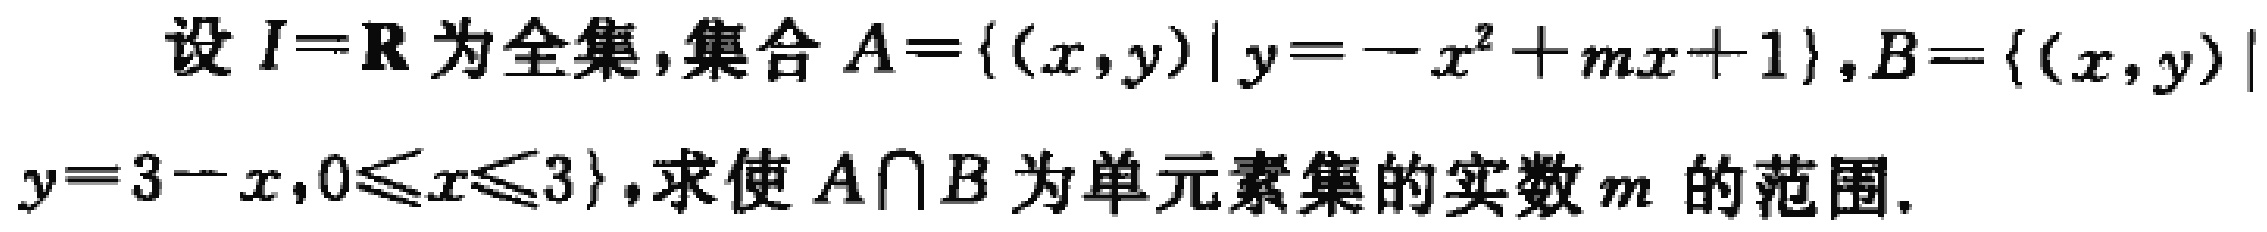
设 \(I = \mathbf{R}\) 为全集，集合 \(A=\{(x,y)|y = -x^{2}+mx + 1\}\)，\(B=\{(x,y)|y = 3 - x,0\leqslant x\leqslant 3\}\)，求使 \(A\cap B\) 为单元素集的实数 \(m\) 的范围.